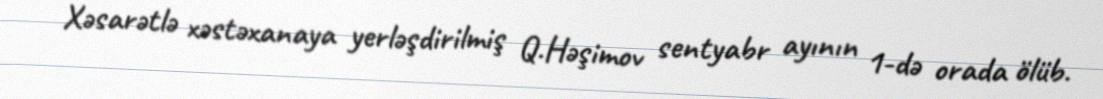
Xəsarətlə xəstəxanaya yerləşdirilmiş Q.Həşimov sentyabr ayının 1-də orada ölüb.